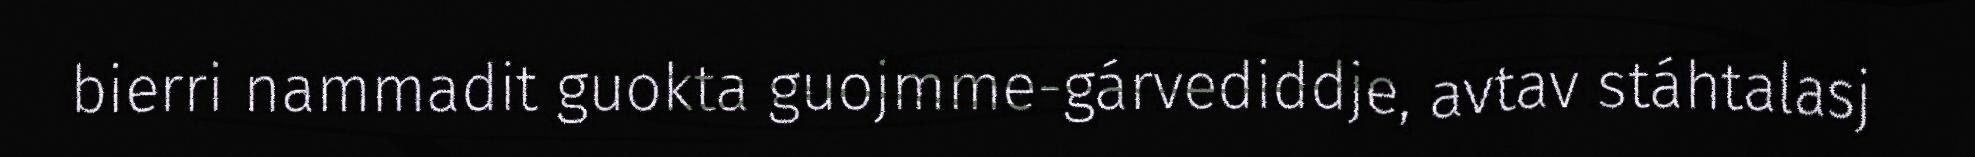
bierri nammadit guokta guojmme-gárvediddje, avtav stáhtalasj